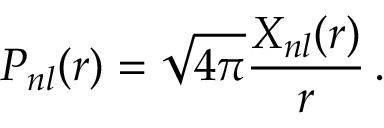
P _ { n l } ( r ) = \sqrt { 4 \pi } \frac { X _ { n l } ( r ) } { r } \, .